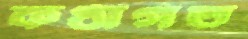
কণ্ঠাগত